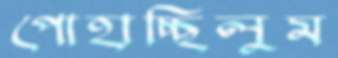
পোহাচ্ছিলুম